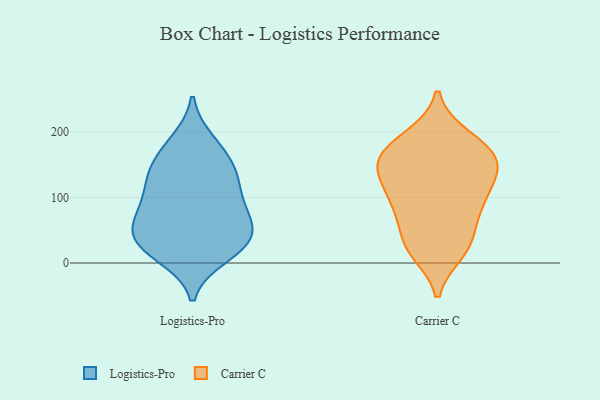
{"axis": {"x": "Production Output", "y": "Value"}, "legend": ["Carrier C", "Logistics-Pro"], "data": [{"x": "", "y": 10, "type": "Logistics-Pro"}, {"x": "", "y": 186, "type": "Logistics-Pro"}, {"x": "", "y": 141, "type": "Logistics-Pro"}, {"x": "", "y": 89, "type": "Logistics-Pro"}, {"x": "", "y": 109, "type": "Logistics-Pro"}, {"x": "", "y": 91, "type": "Logistics-Pro"}, {"x": "", "y": 143, "type": "Logistics-Pro"}, {"x": "", "y": 37, "type": "Logistics-Pro"}, {"x": "", "y": 32, "type": "Logistics-Pro"}, {"x": "", "y": 66, "type": "Logistics-Pro"}, {"x": "", "y": 61, "type": "Logistics-Pro"}, {"x": "", "y": 179, "type": "Logistics-Pro"}, {"x": "", "y": 147, "type": "Logistics-Pro"}, {"x": "", "y": 13, "type": "Logistics-Pro"}, {"x": "", "y": 32, "type": "Logistics-Pro"}, {"x": "", "y": 36, "type": "Logistics-Pro"}, {"x": "", "y": 62, "type": "Logistics-Pro"}, {"x": "", "y": 124, "type": "Logistics-Pro"}, {"x": "", "y": 193, "type": "Carrier C"}, {"x": "", "y": 177, "type": "Carrier C"}, {"x": "", "y": 145, "type": "Carrier C"}, {"x": "", "y": 93, "type": "Carrier C"}, {"x": "", "y": 30, "type": "Carrier C"}, {"x": "", "y": 17, "type": "Carrier C"}, {"x": "", "y": 34, "type": "Carrier C"}, {"x": "", "y": 97, "type": "Carrier C"}, {"x": "", "y": 140, "type": "Carrier C"}, {"x": "", "y": 71, "type": "Carrier C"}, {"x": "", "y": 19, "type": "Carrier C"}, {"x": "", "y": 163, "type": "Carrier C"}, {"x": "", "y": 121, "type": "Carrier C"}, {"x": "", "y": 75, "type": "Carrier C"}, {"x": "", "y": 190, "type": "Carrier C"}, {"x": "", "y": 155, "type": "Carrier C"}, {"x": "", "y": 147, "type": "Carrier C"}, {"x": "", "y": 161, "type": "Carrier C"}, {"x": "", "y": 108, "type": "Carrier C"}]}